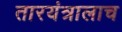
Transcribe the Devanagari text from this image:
तारयंत्रालाच